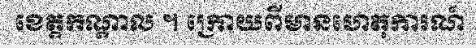
ខេត្តកណ្តាល ។ ក្រោយពីមានហេតុការណ៍